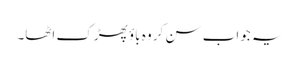
یہ جواب سن کر وہ باؤ پھڑک اٹھا۔